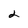
Character: 2